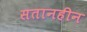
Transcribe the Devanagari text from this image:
सतानहीन